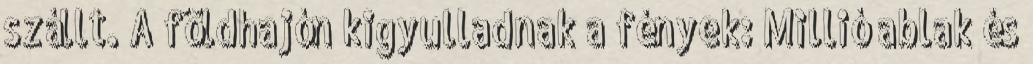
szállt. A földhajón kigyulladnak a fények: Millió ablak és